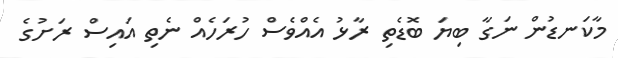
މާކަނޑުން ނަގާ ބިޔަ ބޮޑެތި ރާޅު އެއްވެސް ހުރަހެއް ނެތި އައިސް ރަށުގެ